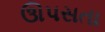
ઊપસતા